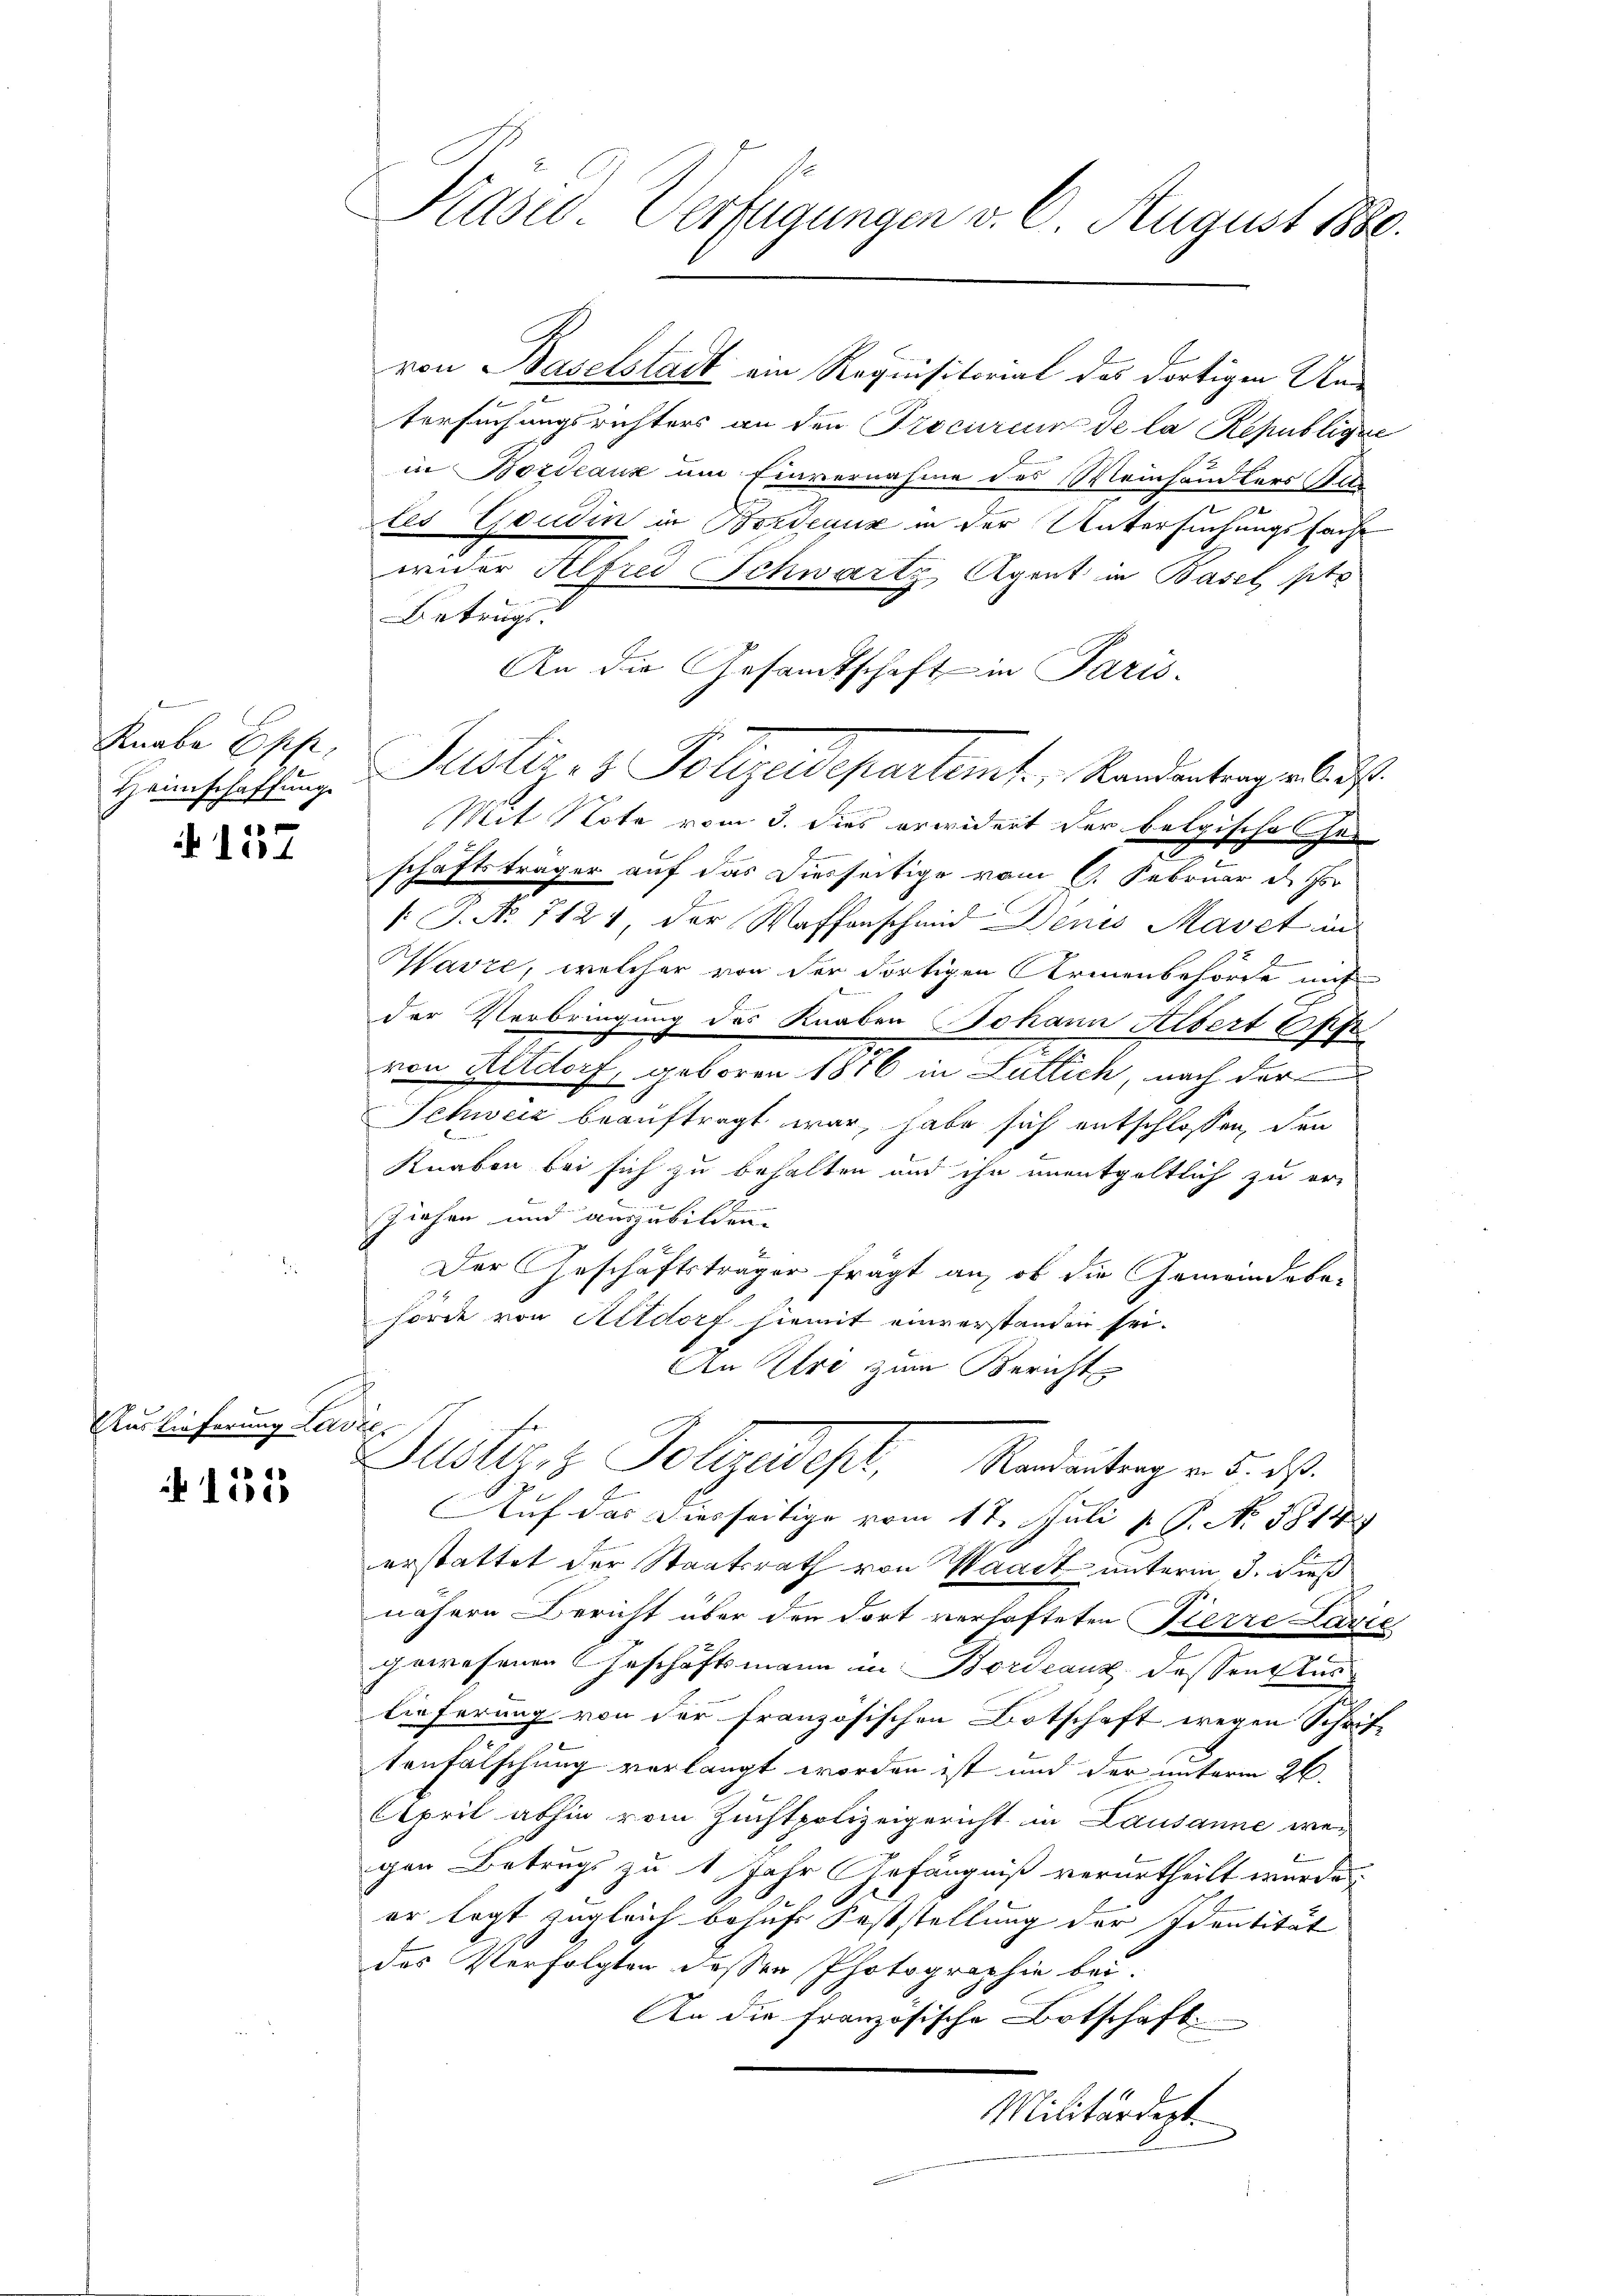
Knabe Epp
Heimschaffung

157

Auslieferung Lard

151

Kasid. Verfügungen v. 6. August 1886.

von Baselstadt ein Requisitorial des dortigen Un-
tersuchungsrichters an den Procureur de la Republicke
in Bordeaux um Einvernahme des Weinhändlers Alte
les Goudin in Bordeaux in der Untersuchungsfache
wider Alfred Schwarty Agent in Basel pto
Betrugs
An die Gesandtschaft in Paris-
Justiz & Polizeidepartent. Standantergeldst
Mit Note vom 3. Dies erwidert der belgische das
e
schäftsträger auf das Diesseitige vom 6. Februar d.
/: P. No 7121 der Waffenschmid Denis Mavet in
Havre, welcher von der dortigen Armenbehörde mit
der Verbringung des Knaben Johann Albert 6 ff.
z
von Altdorf, geboren 1816 in Lutlich, nach der
Schweiz beauftragt war, habe sich entschlossen, den
.
Knaben bei sich zu behalten und ihn unentgeltlich zu er-
Ziehen und auszubilden.
Der Geschäftsträger frägt an, ob die Gemeindeka-
hörde von Altdorf hiemit einverstanden sei.
An Uri zum Bericht
r
Justizis Polladet, Mandeutung v. 5. d.
Auf das diesseitige vom 17. Juli v. P. Nr. 1814)
erstattet der Staatsrath von Waadt unterm 3. dieß
nähere Bericht über den dort verhafteten Pierre Lazić
gewesenen Geschäftsmann in Bordeaux dessen Aus
lieferung von der Französischen Botschaft wegen Schrif-
tenfälschung verlangt worden ist und der unterm 26.
April abhin vom Zuchtpolizeigericht in Lausanne we-
2
gen Betrugs zu 1 Jahr Gefängniß verurtheilt werden
er legt zugleich behufs Feststellung der Identität
des Verfolgter dessen Photographie bei.
An die französische Botschaft
Militärdept
¬